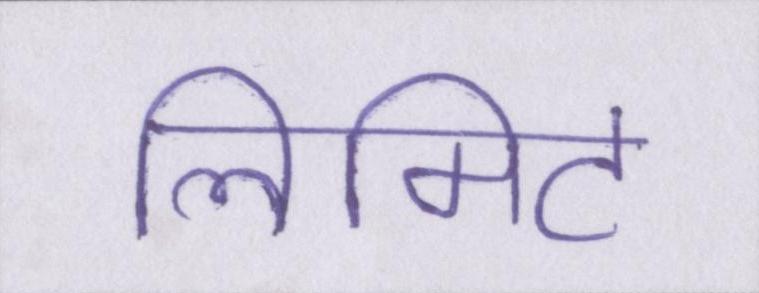
लिमिट